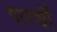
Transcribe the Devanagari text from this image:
पारर्श्वों